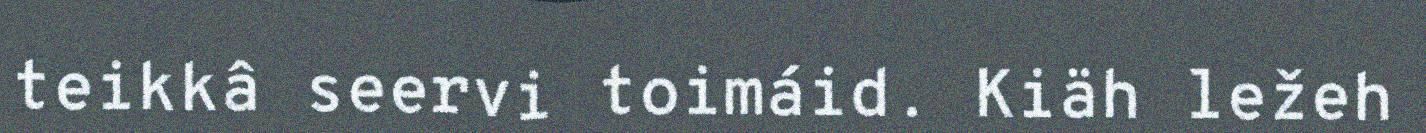
teikkâ seervi toimáid. Kiäh ležeh